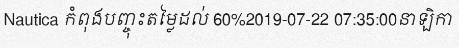
Nautica កំពុងបញ្ចុះតម្លៃដល់ 60%2019-07-22 07:35:00នាឡិកា